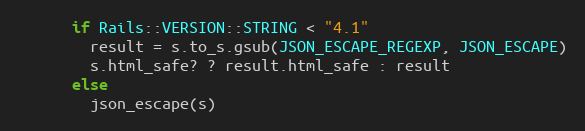
Language: Ruby
      if Rails::VERSION::STRING < "4.1"
        result = s.to_s.gsub(JSON_ESCAPE_REGEXP, JSON_ESCAPE)
        s.html_safe? ? result.html_safe : result
      else
        json_escape(s)